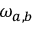
\omega _ { a , b }